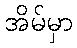
အိမ်မှာ